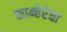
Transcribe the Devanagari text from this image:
कान्हेरेचा